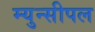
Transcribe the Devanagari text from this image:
म्युन्सीपल